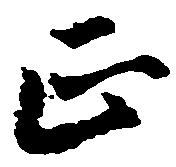
正